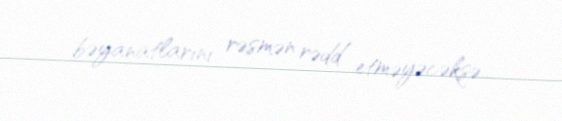
bəyanatlarını rəsmən rədd etməyəcəksə...